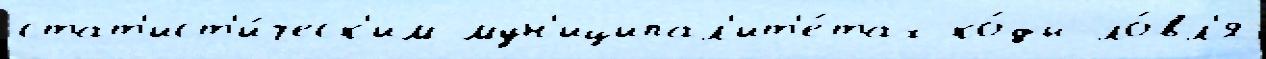
стат'ист'и́ческ'им мун'иципал'ит'е́тах ко́ды ло́вл'я